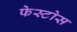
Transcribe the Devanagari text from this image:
फेस्टोस